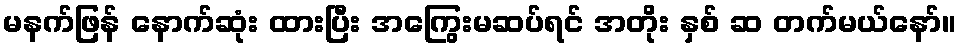
မနက်ဖြန် နောက်ဆုံး ထားပြီး အကြွေးမဆပ်ရင် အတိုး နှစ် ဆ တက်မယ်နော်။